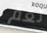
نعم